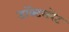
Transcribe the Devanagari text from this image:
डॉक्टलरेट